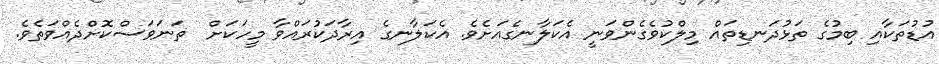
އުޑުތަކާއި ބިމުގެ ތަޅުދަނޑިތައް މިލްކުވެގެންވަނީ އެކަލާނގެއަށެވެ. އެކަލާނގެ އިރާދަކުރައްވާ މީހަކަށް  ތަނަވަސްކޮށްދެއްވަތެވެ.